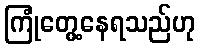
ကြုံတွေ့နေရသည်ဟု